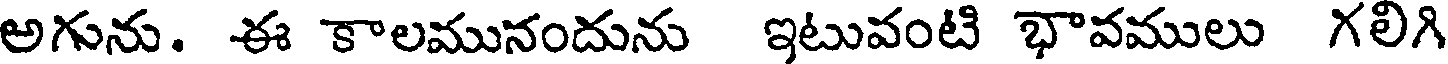
అగును. ఈ కాలమునందును ఇటువంటి భావములు గలిగి